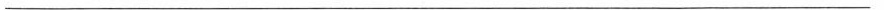
___